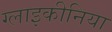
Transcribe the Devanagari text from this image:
ग्लाइकीनिया